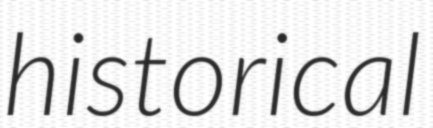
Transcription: historical